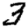
Digit: 3